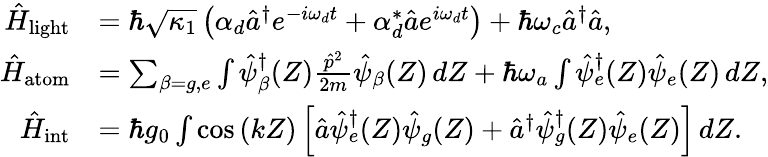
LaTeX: \begin{array}{rl}{\hat{H}_{{\mathrm{light}}}}&{=\hbar\sqrt{\kappa_{1}}\left(\alpha_{d}\hat{a}^{\dagger}e^{-i\omega_{d}t}+\alpha_{d}^{*}\hat{a}e^{i\omega_{d}t}\right)+\hbar\omega_{c}\hat{a}^{\dagger}\hat{a},}\\ {\hat{H}_{{\mathrm{atom}}}}&{=\sum_{\beta=g,e}\int\hat{\psi}_{\beta}^{\dagger}(Z)\frac{\hat{p}^{2}}{2m}\hat{\psi}_{\beta}(Z)\, dZ+\hbar\omega_{a}\int\hat{\psi}_{e}^{\dagger}(Z)\hat{\psi}_{e}(Z)\, dZ,}\\ {\hat{H}_{{\mathrm{int}}}}&{=\hbar g_{0}\int\cos\left(kZ\right)\left[\hat{a}\hat{\psi}_{e}^{\dagger}(Z)\hat{\psi}_{g}(Z)+\hat{a}^{\dagger}\hat{\psi}_{g}^{\dagger}(Z)\hat{\psi}_{e}(Z)\right]\, dZ.}\end{array}